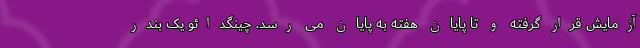
آزمایش قرار گرفته و تا پایان هفته به پایان می رسد. چینگدائو یک بندر